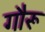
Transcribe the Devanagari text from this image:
गौरू